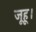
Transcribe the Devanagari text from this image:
जूहू।